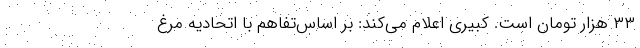
۳۳ هزار تومان است. کبیری اعلام می‌کند: بر اساس‌تفاهم با اتحادیه مرغ